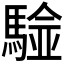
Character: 𩤼